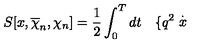
S [ x , \overline { { \chi } } _ { n } , \chi _ { n } ] = \frac 1 2 \int _ { 0 } ^ { T } d t \quad \{ q ^ { 2 } \stackrel { . } { x }